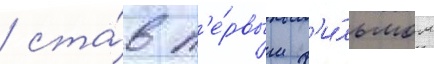
/ ста́в п'е́рвым ф'и́льмом